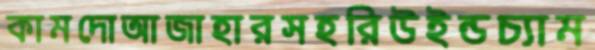
কামদোআজাহারসহরিউইন্ডচ্যাম